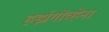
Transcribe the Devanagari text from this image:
हर्झगोव्हेना